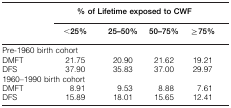
|  | <COLSPAN=4> % of Lifetime exposed to CWF |
 |  | <25% | 25–50% | 50–75% | ≧75% |
 | --- | --- | --- | --- | --- |
 | <COLSPAN=2> Pre-1960 birth cohort |  |  |  |
 | DMFT | 21.75 | 20.90 | 21.62 | 19.21 |
 | DFS | 37.90 | 35.83 | 37.00 | 29.97 |
 | <COLSPAN=2> 1960–1990 birth cohort |  |  |  |
 | DMFT | 8.91 | 9.53 | 8.88 | 7.61 |
 | DFS | 15.89 | 18.01 | 15.65 | 12.41 |